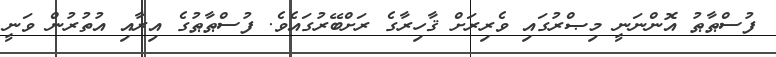
ފުސްޠާޠު އޮންނަނީ މިޞްރުގައި ވެރިރަށް ޤާހިރާގެ ރަށްބޭރުގައެވެ. ފުސްޠާޠުގެ އިރާއި އުތުރުން ވަނީ